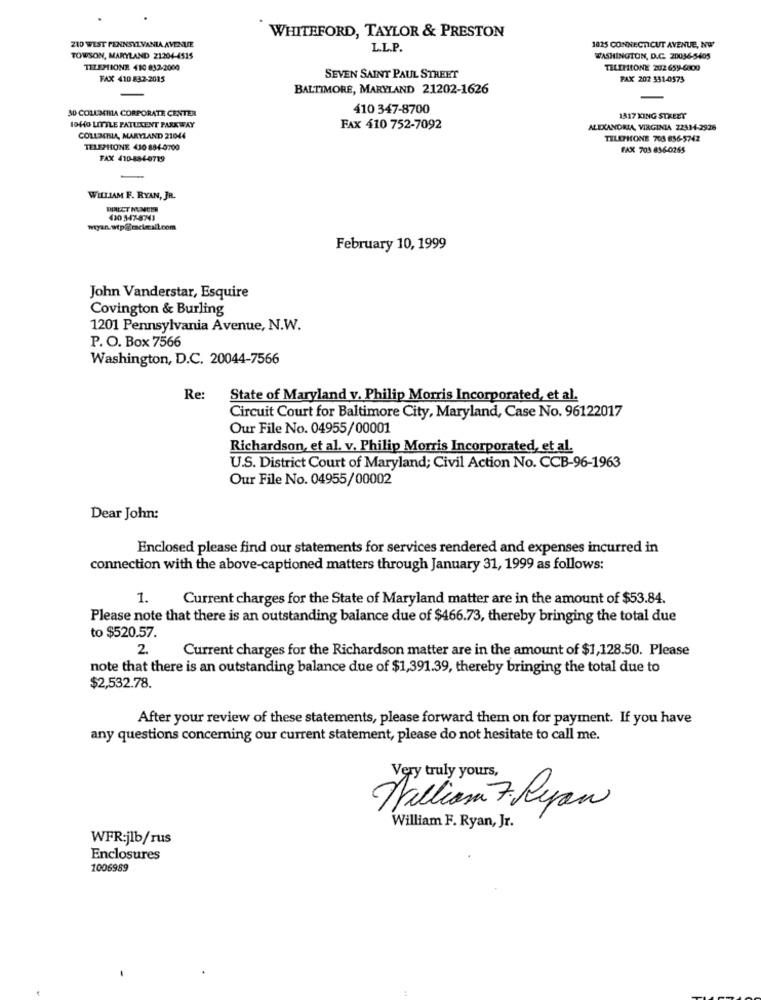
WHITEFORD, TAYLOR & PRESTON
210 WEST PENNSYLVANIA AVENUE
L.L.P.
1025 CONNECTICUT AVENUE, NW
TOWSON, MARYLAND 21204-4515
WASHINGTON, D.C. 20036-5405
TELEPIONE 410 832-2000
TELEHIONE 202 659-6400
FAX 410 832-2015
SEVEN SAINT PAUL STREET
PAX 202 331-0575
BALTIMORE, MARYLAND 21202-1626
30 COLUMMA CORPORATE CENTER
410 347-8700
1317 XING STREET
10440 LITTLE PATUXENT PARKWAY
FAX 410 752-7092
ALEXANDRIA, VIRGINIA 2231-4-2928
COLUMBIA, MARYLAND 21044
TELEPHONE 703 856-5742
TELEPHONE 430 894-0700
FAX 705 836-0265
FAX 410-8844719
WILLIAM F. RYAN, JR.
430 347-8743
February 10, 1999
John Vanderstar, Esquire
Covington & Burling
1201 Pennsylvania Avenue, N.W.
P. O. Box 7566
Washington, D.C. 20044-7566
Re:
State of Maryland v. Philip Morris Incorporated, et al.
Circuit Court for Baltimore City, Maryland, Case No. 96122017
Our File No. 04955/00001
Richardson, et al. v. Philip Morris Incorporated, et al.
U.S. District Court of Maryland; Civil Action No. CCB-96-1963
Our File No. 04955/00002
Dear John:
Enclosed please find our statements for services rendered and expenses incurred in
connection with the above-captioned matters through January 31, 1999 as follows:
1.
Current charges for the State of Maryland matter are in the amount of $53.84.
Please note that there is an outstanding balance due of $466.73, thereby bringing the total due
to $520.57.
2.
Current charges for the Richardson matter are in the amount of $1,128.50. Please
note that there is an outstanding balance due of $1,391.39, thereby bringing the total due to
$2,532.78.
After your review of these statements, please forward them on for payment. If you have
any questions concerning our current statement, please do not hesitate to call me.
Very truly yours,
Nallian 7 Ryan
William F. Ryan, Jr.
WFR:jlb/rus
Enclosures
1006989